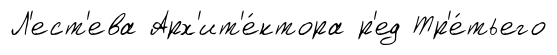
Л'ест'ева Арх'ит'е́ктора р'ед Тр'е́тьего